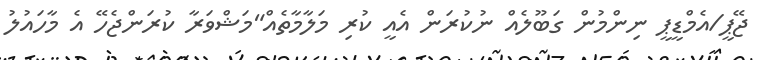
ޖޭޕީ/އެމްޑީޕީ ނިންމުން ގަބޫލެއް ނުކުރަން އެއީ ކުރި މަލާމާތެއް"މަޝްވަރާ ކުރަންޖެހޭ އެ މާހައުލު